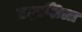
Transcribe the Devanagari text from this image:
प्रज्ञाशिला